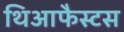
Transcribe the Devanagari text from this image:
थिआफैस्टस